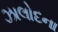
ઝાલોદના